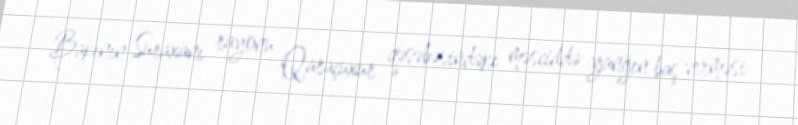
Bakının Suraxanı rayonu Qaraçuxur qəsəbəsindəki məsciddə yanğın baş verməsi